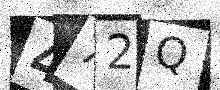
Text: 472Q